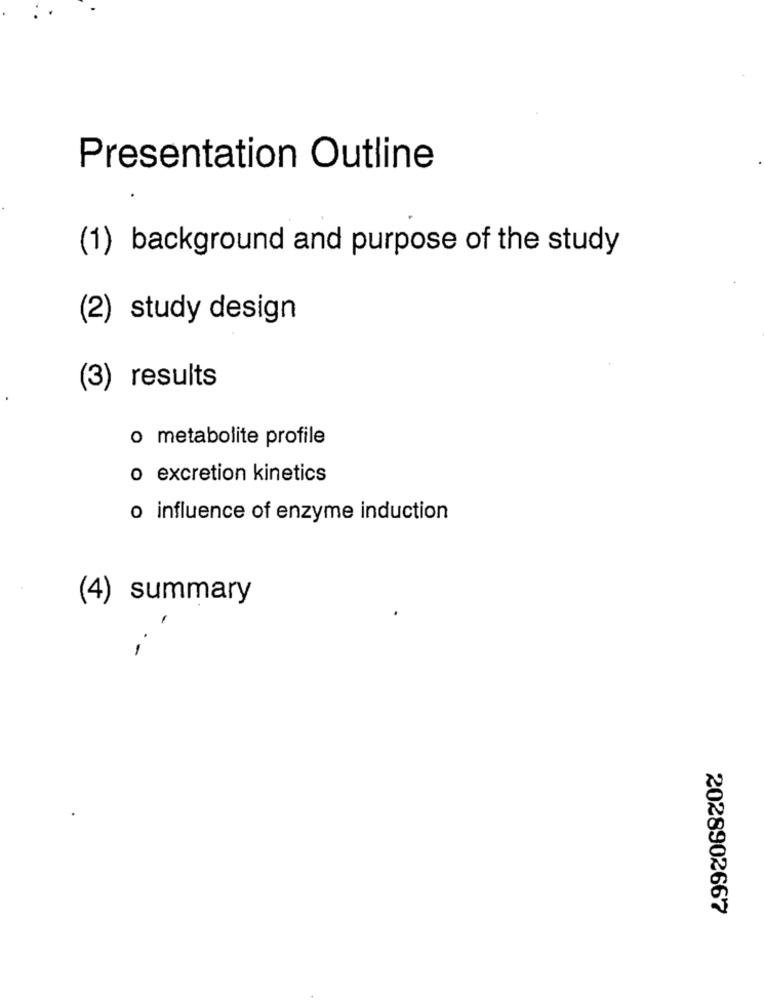
Presentation Outline
(1) background and purpose of the study
(2) study design
(3) results
o metabolite profile
o excretion kinetics
o influence of enzyme induction
(4) summary
-
2028902667